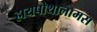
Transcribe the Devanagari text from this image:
हायपोथालामस